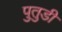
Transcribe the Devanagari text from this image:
पुतुडी